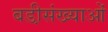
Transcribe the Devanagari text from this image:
बडी़संख्याओं